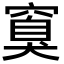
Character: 𬔏